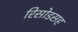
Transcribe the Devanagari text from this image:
रिसोडसह